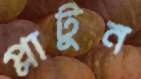
প্লাটুন